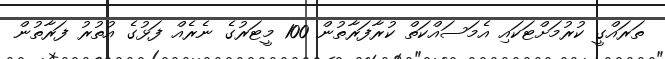
ތަރައްގީ ކުރުމަށްޓަކައި އެމަސައްކަތް ކުރާފަރާތުން 100 މީޓަރުގެ ނެރެއް ފަޅުގެ އުތުރު ފަރާތުން